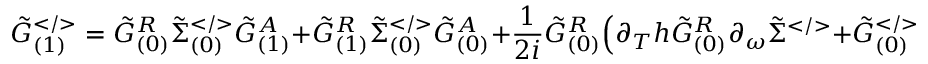
\tilde { G } _ { ( 1 ) } ^ { < / > } = \tilde { G } _ { ( 0 ) } ^ { R } \tilde { \Sigma } _ { ( 0 ) } ^ { < / > } \tilde { G } _ { ( 1 ) } ^ { A } + \tilde { G } _ { ( 1 ) } ^ { R } \tilde { \Sigma } _ { ( 0 ) } ^ { < / > } \tilde { G } _ { ( 0 ) } ^ { A } + \frac { 1 } { 2 i } \tilde { G } _ { ( 0 ) } ^ { R } \Big ( \partial _ { T } h \tilde { G } _ { ( 0 ) } ^ { R } \partial _ { \omega } \tilde { \Sigma } ^ { < / > } + \tilde { G } _ { ( 0 ) } ^ { < / > } \partial _ { T } h + h . c \Big ) \tilde { G } _ { ( 0 ) } ^ { A } .